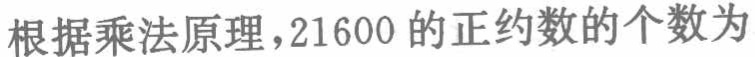
根据乘法原理，21600 的正约数的个数为